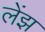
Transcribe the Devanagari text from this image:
लेंझ